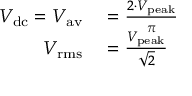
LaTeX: \begin{array} { r l } { V _ { \mathrm { d c } } = V _ { \mathrm { a v } } } & { { } = { \frac { 2 \cdot V _ { \mathrm { p e a k } } } { \pi } } } \\ { V _ { \mathrm { r m s } } } & { { } = { \frac { V _ { \mathrm { p e a k } } } { \sqrt { 2 } } } } \end{array}